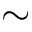
\sim